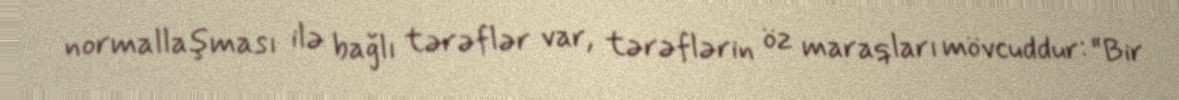
normallaşması ilə bağlı tərəflər var, tərəflərin öz maraqları mövcuddur: “Bir